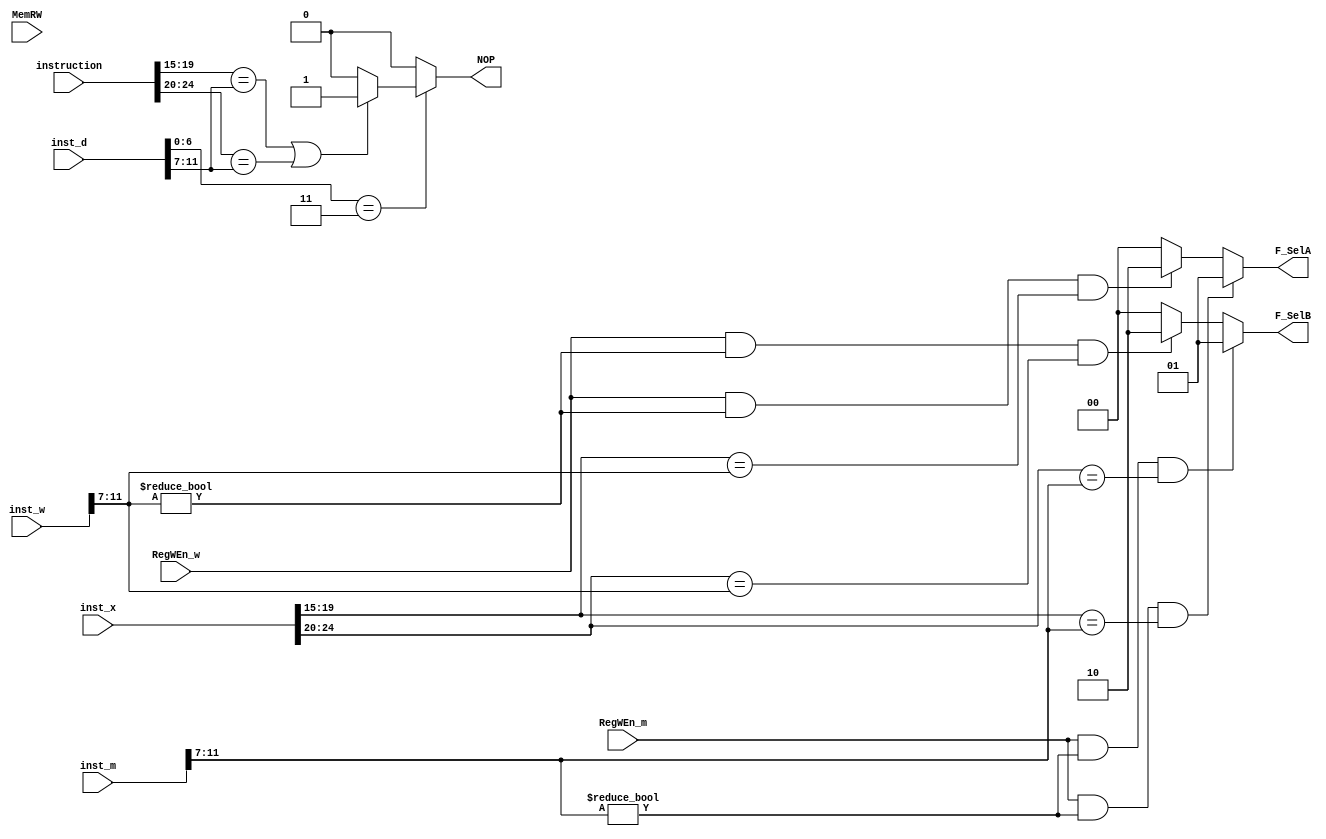
module ForwardControl (
input [31:0] instruction,
input [31:0] inst_d,
input [31:0] inst_x,
input [31:0] inst_m,
input [31:0] inst_w,
input RegWEn_m,
input RegWEn_w,
input MemRW,
output reg [1:0] F_SelA,
output reg [1:0] F_SelB,
output reg NOP
);
reg [4:0] inst_x_rs1;
reg [4:0] inst_x_rs2;
reg [4:0] inst_m_rd;
reg [4:0] inst_w_rd;

// For NOP //
reg [4:0] inst_rs1;
reg [4:0] inst_rs2;
reg [4:0] inst_d_rd;
reg [6:0] opcode_d;

always@*   //For Forward Mux A
 begin
inst_x_rs1 = inst_x [19:15];
inst_x_rs2 = inst_x [24:20];
inst_m_rd  = inst_m [11:7];
inst_w_rd  = inst_w [11:7]; 

    if(RegWEn_m && inst_m_rd!=0 && (inst_x_rs1==inst_m_rd))
        F_SelA=2'b01;
    else if (RegWEn_w && inst_w_rd!=0 && (inst_x_rs1==inst_w_rd))
        F_SelA=2'b10;
    else
        F_SelA='b0;
end

always@* 
 begin
	opcode_d = inst_d [6:0];
	inst_d_rd = inst_d [11:7];
	inst_rs1 = instruction [19:15];
	inst_rs2 = instruction [24:20];
	if(opcode_d==7'b0000011) 
	 begin
	  if(inst_rs1 == inst_d_rd || inst_rs2 == inst_d_rd)	
		NOP =1;
	  else 
		NOP=0;
	end
	else NOP =0;
 end

always@*  //For Forward Mux B
begin
    if(RegWEn_m & (inst_m_rd!=0) & (inst_x_rs2==inst_m_rd))
        F_SelB=2'b01;
    else if (RegWEn_w & (inst_w_rd!=0) & (inst_x_rs2==inst_w_rd))
        F_SelB=2'b10;
    else
        F_SelB='b0;
end
endmodule